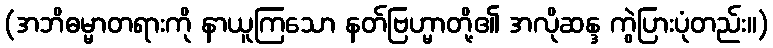
(အဘိဓမ္မာတရားကို နာယူကြသော နတ်ဗြဟ္မာတို့၏ အလိုဆန္ဒ ကွဲပြားပုံတည်း။)